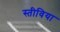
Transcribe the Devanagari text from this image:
स्तीविया